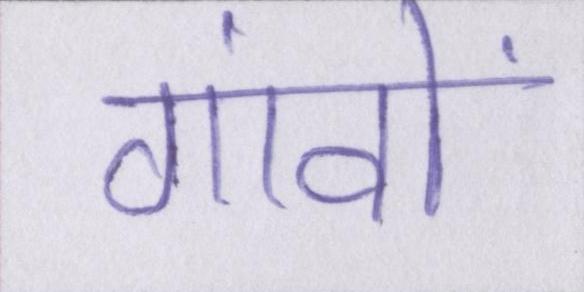
गांवों